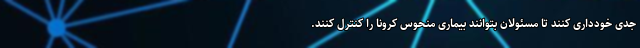
جدی خودداری کنند تا مسئولان بتوانند بیماری منحوس کرونا را کنترل کنند.